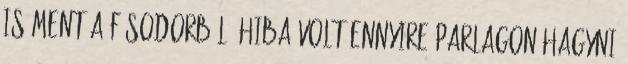
is ment a fősodorból. Hiba volt ennyire parlagon hagyni